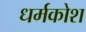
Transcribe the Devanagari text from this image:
धर्मकोश